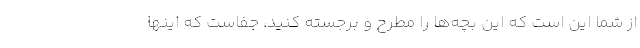
از شما این است که این بچه‌ها را مطرح و برجسته کنید، جفاست که اینها